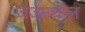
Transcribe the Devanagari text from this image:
जेजेमधील